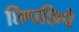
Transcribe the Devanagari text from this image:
छिपछिपे